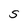
Character: S